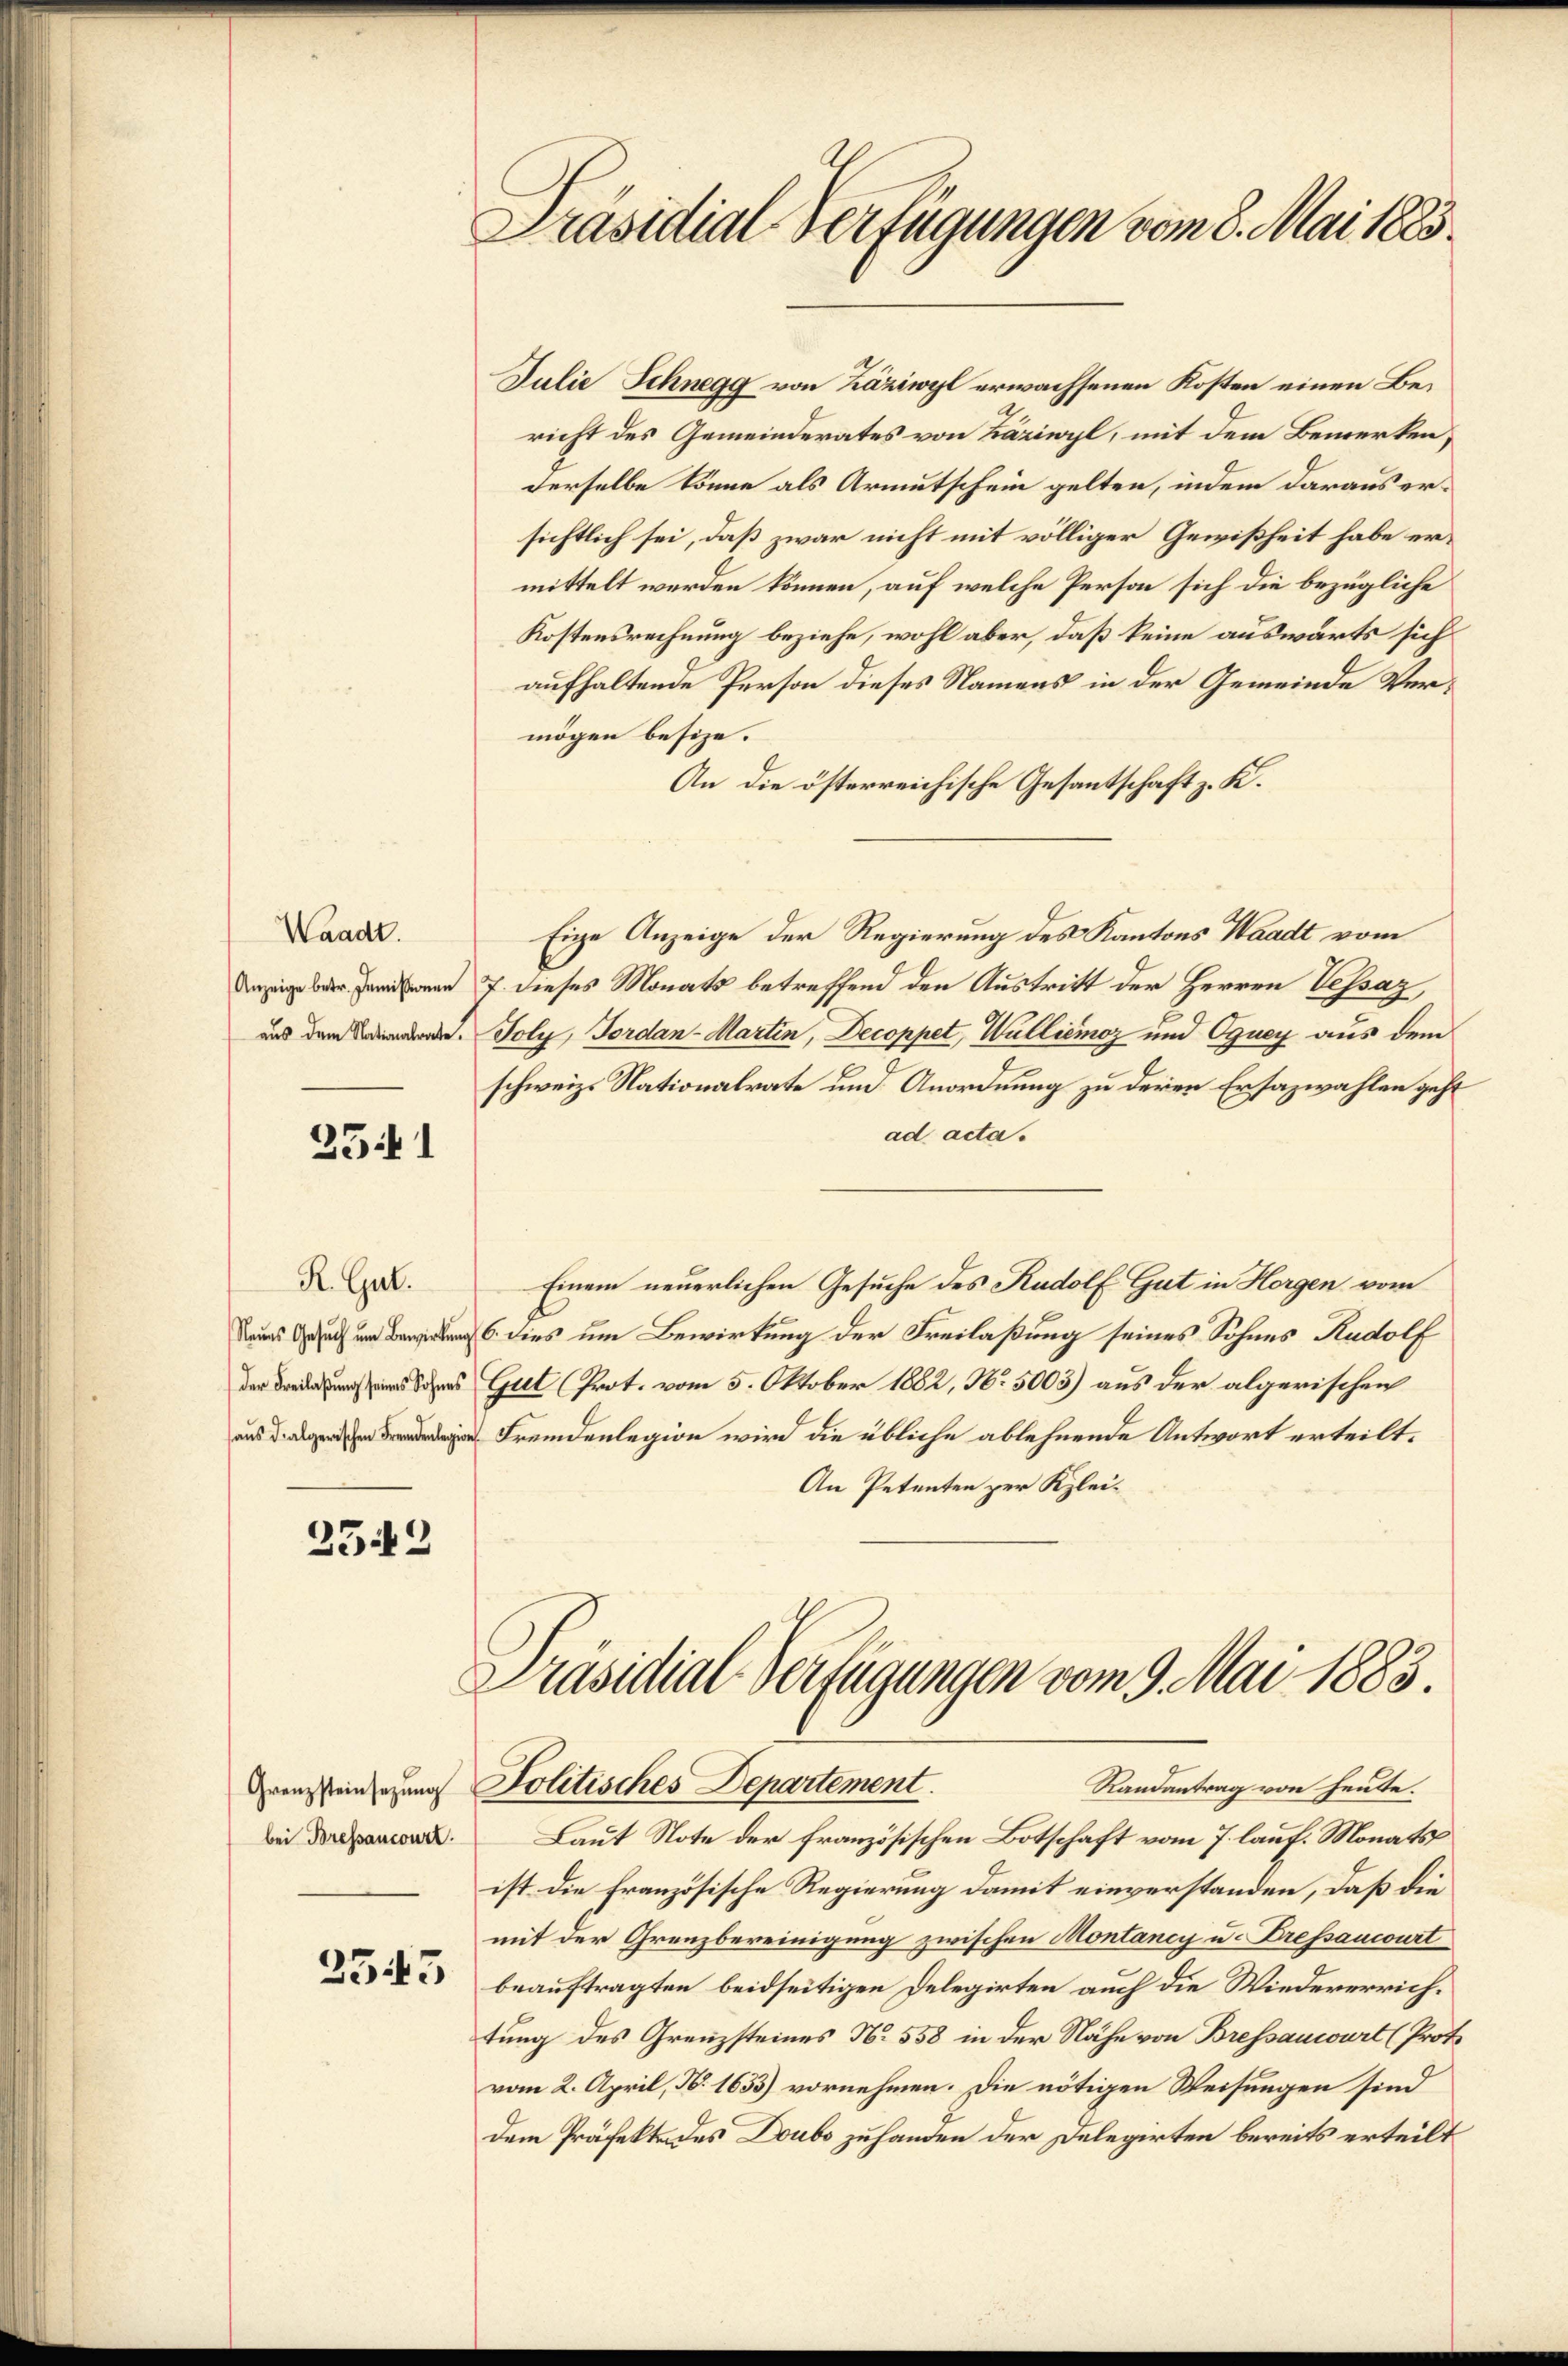
Waadt.

3541

R. Gut.

2542

Grenzsteinsezung
bei Bressancourt.

2543

Präsidial-Verfügungen vom 8. Mai 1883.

Julie Schnegg von Zäziwyl erwachsenen Kosten einen Bericht des Gemeinderates von Zäziwyl, mit dem Bemerken,
derselbe könne als Armutschein gelten, indem daraus ersichtlich sei, daß zwar nicht mit völliger Gewißheit habe ermittelt werden können, auf welche Person sich die bezügliche
Kostensrechnung beziehe, wohl aber, daß keine auswärts sich
aufhaltende Person dieses Namens in der Gemeinde Vermögen besize.
An die österreichische Gesantschaft z. K.
Eige Anzeige der Regierung des Kantons Waadt vom
Anzeige der Jammen 7. dieses Monats betreffend den Austritt der Herren Vessaz,
aus dem Toly, Fordan-Martin, Decoppet, Walliémoz und Oguey aus dem
schweiz. Nationalrate und Anordnung zu deren Ersazwahlen geht
ad acta.
Einem neuerlichen Gesuche des Rudolf Gut in Horgen vom
C. dies um Bewirkung der Freilaßung seines Sohnes Rudolf
 Gut (Prot. vom 5. Oktober 1882, No. 5003) aus der algerischen
Fremdenlegion wird die übliche ablehnende Antwort erteilt.
An Petenten zur Klei¬

Präsidial-Verfügungen vom 9. Mai 1883.
Politisches Departement.
Randantrag von heute.
Laut Note der Französischen Botschaft vom 7. lauf. Monats

ist die französische Regierung damit einverstanden, daß die
mit der Grenzbereinigung zwischen Montancy u. Fressancourt
beauftragten beidseitigen Delegirten auch die Wiedererrichtung des Grenzsteines N. 558 in der Nähe von Bressanwart (Proto
vom 2. April, N. 1655) vornehmen. Die nötigen Weisungen sind
dem Präfekte des Doubs zuhanden der Delegirten bereits erteilt